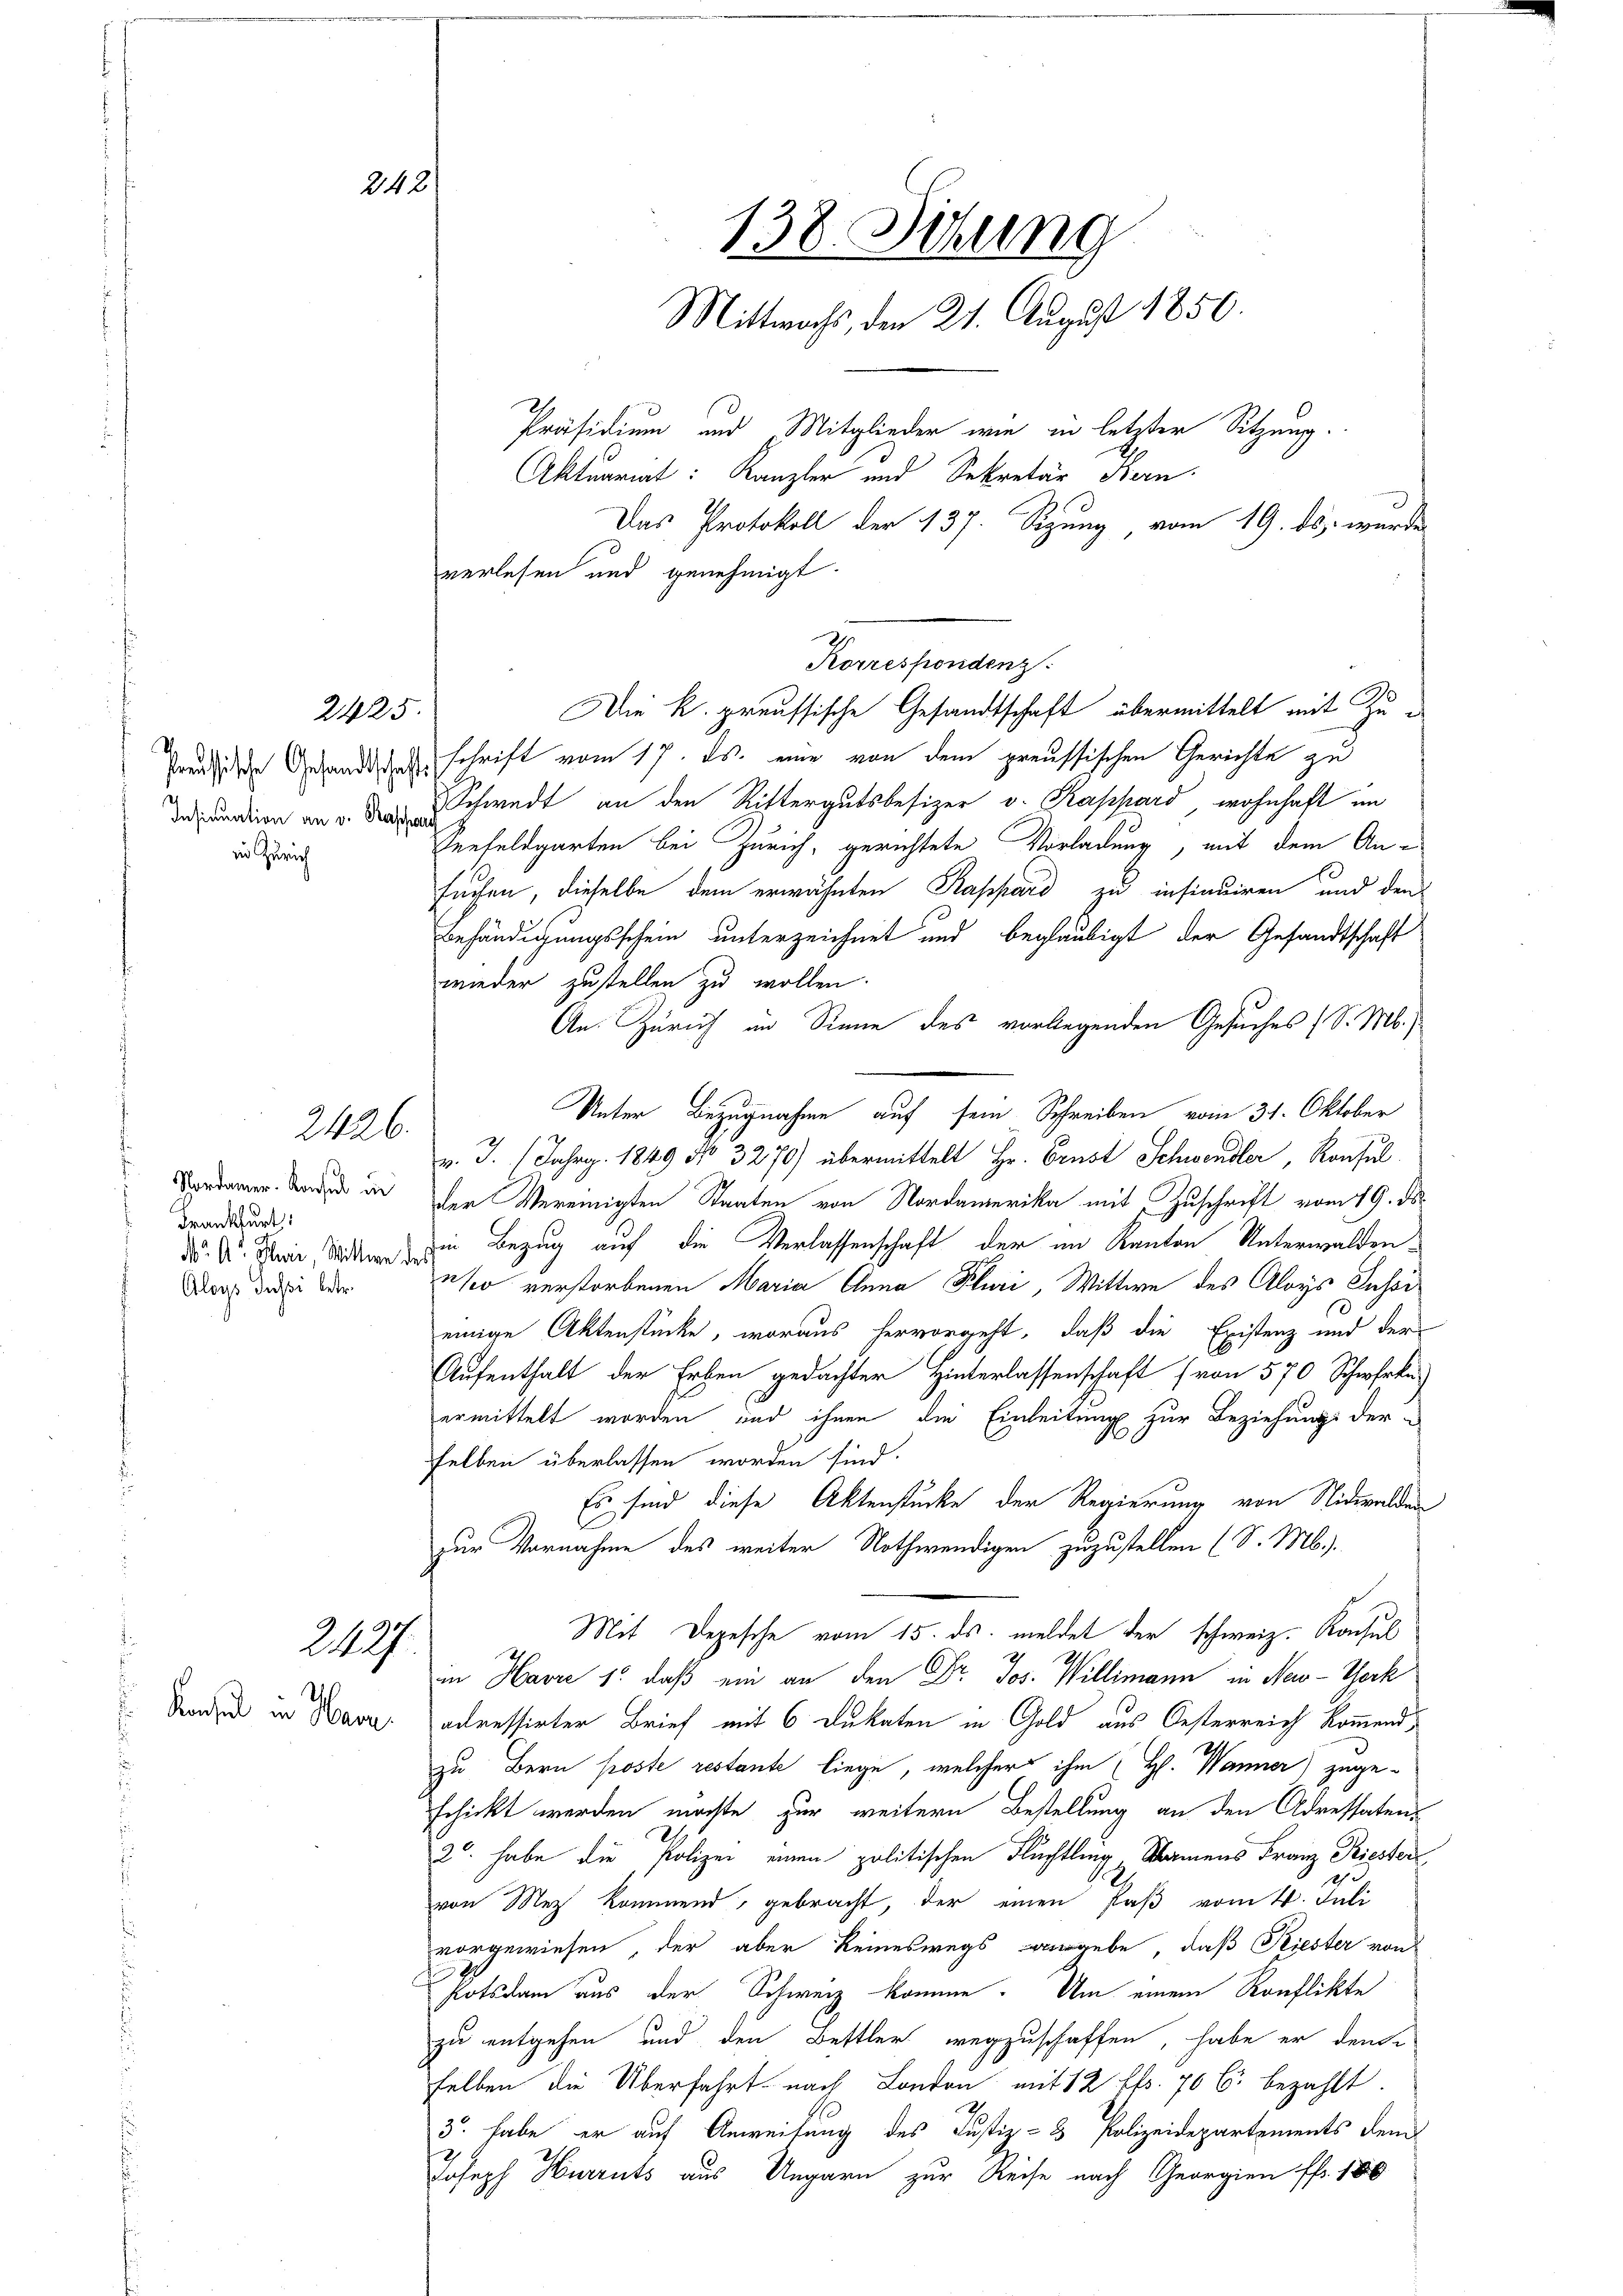
24

2425.

Insinuation an v. Rascha
in Zürich

Nordamer. Konsul in
Frankfurt
Aloys Jusi betr.

2426.

Konsul in Harn

2497

verlesen und genehmigt.
Die k. preussische Gesandtschaft übermittelt mit Zu¬
Predische Gesandtschaft schrift vom 17. ds. mir von dem preussischen Gerichte zu
Schwedt an den Rittergutsbesizer v. Rappard wohnhaft im
Seefeldgarten bei Zürich, gerichtete Vorladung, mit dem Ansuchen, dieselbe dem erwähnten Rappard zu insinuiren und den
Behändigungsschein unterzeichnet und beglaubigt der Gesandtschaft
wieder zustellen zu wollen.
An. Zürich im Sinne des vorliegenden Gesuches (S. M.
Unter Bezugnahme auf sein Schreiben vom 31. Oktober
v. J. (Jahrg. 1849 No 3270) übermittelt Hr. Brust Schwandler, Konsul
der Vereinigten Staaten von Nordamerika mit Zuschrift vom 19. ds.
d. d. M, die in Bezug auf die Verlassenschaft der im Kanton Unterwaldenuso verstorbenen Maria Anna Pluri, Wittwe des Aloys Iusor
einige Aktenstücke, woraus hervorgeht, daß die Existenz und der
Aufenthalt der Erben gedachter Hinterlassenschaft (von 570 Schwerke
ermittelt worden und ihnen die Einleitung zur Beziehungs der-
selben überlassen worden sind.
Es sind diese Aktenstücke der Regierung von Nidwalden
zur Vornahme des weiter Nothwendigen zuzustellen (S. M.)
Mit Depesche vom 15. ds. meldet der schweiz. Konsul
in Havre 1: daß ein an den Dr. Jos. Willimann in New-York
adressirter Brief mit 6 Dukaten in Gold aus Oesterreich kommend
zu Bern poste restante liege, welcher ihm (H. Wanner) zuge-
schickt werden möchte zur weitern Bestellung an den Adressatens
2t. habe die Polizei einen politischen Flüchtling, Namens Franz Priester
von Mez kommend, gebracht, der einen Paß vom 4. Juli
vorgewiesen, der aber keineswegs vergebe, daß Riester von
Potsdam aus der Schweiz komme. Um einem Konflikte
zu entgehen und den Bettler wegzuschaffen, habe er den
selben die Überfahrt nach London mit 12 ff. 70 C. bezahlt.
3. habe er auf Anweisung des Justiz- & Polizeidepartements dem
Joseph Hurruts aus Ungarn zur Reise nach Georgien ff. 186

138. Detung
Mittwochs, den 21. August 1850.
Präsidium und Mitglieder wie in letzter Sitzung.

Korrespondenz.

Aktuariat: Kanzler und Sekretär Bern.
Das Protokoll der 137. Sezung, vom 19. ds. wurde